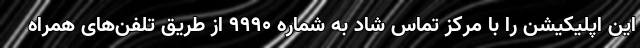
این اپلیکیشن را با مرکز تماس شاد به شماره ۹۹۹۰ از طریق تلفن‌های همراه